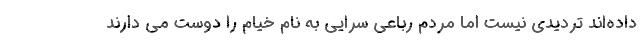
داده‌اند تردیدی نیست اما مردم رباعی سرایی به نام خیام را دوست می دارند